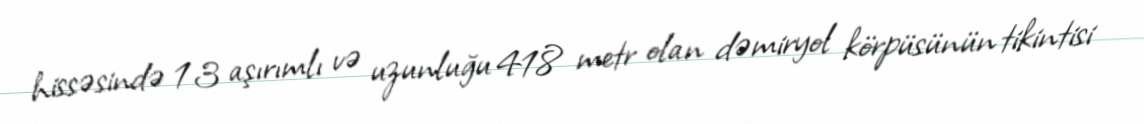
hissəsində 13 aşırımlı və uzunluğu 418 metr olan dəmiryol körpüsünün tikintisi